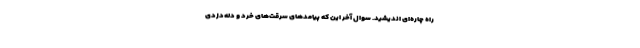
راه چاره‌ای اندیشید. سوال آخر این که پیامدهای سرقت‌های خرد و دله‌دزدی